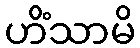
ဟိံသာမိ